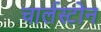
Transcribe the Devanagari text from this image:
चार्लस्टोन